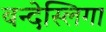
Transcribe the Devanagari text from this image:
बन्देस्लिगा